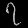
Digit: ၇